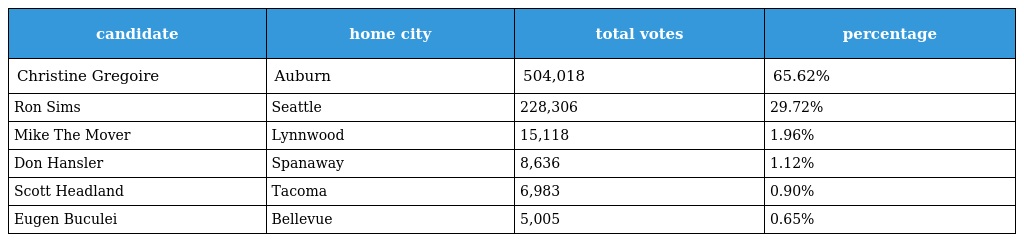
| candidate | home city | total votes | percentage |
 | --- | --- | --- | --- |
 | Christine Gregoire | Auburn | 504,018 | 65.62% |
 | Ron Sims | Seattle | 228,306 | 29.72% |
 | Mike The Mover | Lynnwood | 15,118 | 1.96% |
 | Don Hansler | Spanaway | 8,636 | 1.12% |
 | Scott Headland | Tacoma | 6,983 | 0.90% |
 | Eugen Buculei | Bellevue | 5,005 | 0.65% |